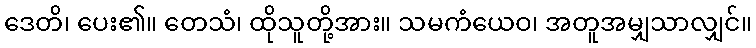
ဒေတိ၊ ပေး၏။ တေသံ၊ ထိုသူတို့အား။ သမကံယေဝ၊ အတူအမျှသာလျှင်။